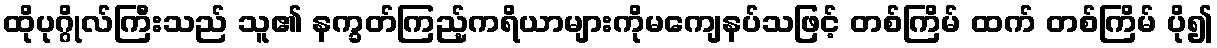
ထိုပုဂ္ဂိုလ်ကြီးသည် သူ၏ နက္ခတ်ကြည့်ကရိယာများကိုမကျေနပ်သဖြင့် တစ်ကြိမ် ထက် တစ်ကြိမ် ပို၍